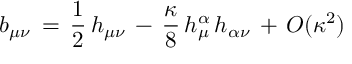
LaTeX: b _ { \mu \nu } \, = \, \frac { 1 } { 2 } \, h _ { \mu \nu } \, - \, \frac { \kappa } { 8 } \, h _ { \mu } ^ { \alpha } \, h _ { \alpha \nu } \, + \, O ( \kappa ^ { 2 } )